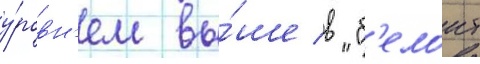
у́ровн'ем вы́ше в "б'елоит